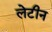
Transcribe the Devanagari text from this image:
लेटीन